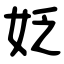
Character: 姂